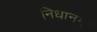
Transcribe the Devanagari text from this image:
निधानम्